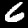
Label: 6